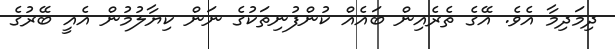
ދިމަދިމާ އެވެ. އޭގެ ތެރެއިން ބައެއް ކުންފުނިތަކުގެ ނަން ކިޔާލުމުން އެއީ ބޭރުގެ